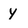
Character: y